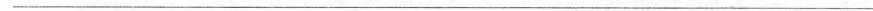
___